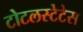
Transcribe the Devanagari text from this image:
टोटलस्टेटेस